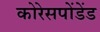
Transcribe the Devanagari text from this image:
कोरेसपोंडेंड